Vaccination in Bombay 1874-1876 - 1874-1876
Year: 1874
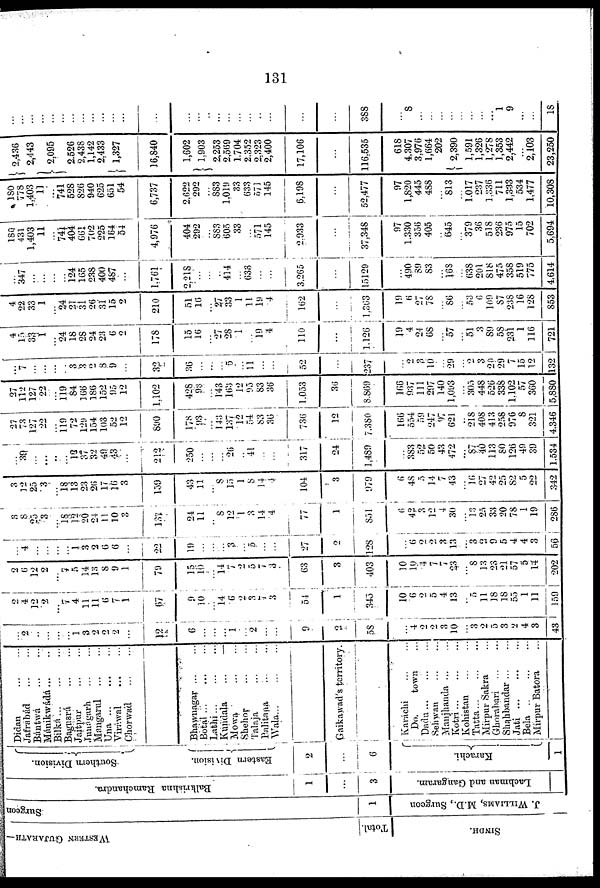
131
WESTERN GUJARATH—
Total.
SINDH.
Surgeor
1
J. WILLIAMS, M.D., Surgeon
Balkrishna Ramchandra.
1
...
3
Lachman and Gangaram.
Southern Division.
Eastern Division.
2
...
6
Karachi.
1
Didan
...
...
Jafrábád
...
...
Bántwá
...
...
Mánikwádá ... ...
Bilká ... ... ...
Bagnsrá ... ...
Jaitpur
...
...
Junágarh
...
...
Mangarul
...
...
Una ... ... ...
Viráwal
...
...
Chorwad ... ... ...
Bhawnagar ... ... ...
Botal
...
...
...
Lathi
...
...
...
Kundala
...
...
Mowa
...
...
Shehor
...
...
Talaja
...
...
Palitana ... ...
Wala
...
...
...
Gaikawad's territory.
Karáchi
...
...
Do.
town ...
Dadu ... ... ...
Sehwan ... ... ...
Manjhanda ... ...
Kotri ... ... ...
Kohistan
...
...
Tatta ... ... ...
Mirpur Sakra ...
Ghorabari
...
...
Shahbandar ... ...
Jati
...
...
...
Bela
...
...
...
Mirpur Batora ...
...
2
...
...
...
...
1
3
2
2
2
...
12
6
...
...
...
1
...
2
...
...
9
2
58
...
4
2
2
3
10
...
3
2
5
3
2
4
3
43
2
4
12
2
...
7
4
11
11
6
7
1
67
9
10
... 14
6
2
3
7
3
54
1
345
10
6
2
5
4
13
...
5
11
18
18
55
1
11
159
2
6
12
2
...
7
5
14
13
8
9
1
70
15
10
... 14
7
2
5
7
3
63
3
403
10
10
4
7
7
23
...
8
13
23
21
57
5
14
202
...
4
...
...
...
...
1
3
2
6
6
...
22
19
...
...
...
3
...
5
...
...
27
2
128
...
6
2
2
3
13
...
3
2
9
5
4
4
3
56
3
8
25
3
...
18 12
20
24
11
10
3
137
24
11
... 8
12
1
3
14
4
77
1
851
6
42
3
12
4
30
...
13
25
33
20
78
1
19
286
3
12
25
3
...
18
13
23
26
17
16
3
159
43
11
... 8
15
1
8
14
4
104
3
979
6
48
5
14
7
43
...
16
27
42
25
82
5
22
342
...
39
...
...
..
...
12
37
32
49
43
...
212
250
...
...
...
26
...
41
...
...
317
24
1,489
...
383
52
50
43
472
...
87
46
113
80
126
49
39
1,534
27
73
127
22
...
119
72
129
154
103
52
12
890
178
93
...
143
137
12
54
83
36
736
12
7,380
166
554
59
247
97
621
...
218
408
413
258
976
8
321
4,346
27
112
127
22
...
119
84
166
186
152
95
12
1,102
428
93
...
143
163
12
95
83
36
1,053
36
8,869
166
937
111
297
140
1,093
...
305
448
526
338
1,102
57
360
5,880
... 7
...
...
...
...
3
3
2
8
9
...
32
36
...
...
...
5
...
11
...
...
52
...
237
...
2
3
10
...
29
...
2
3
20
29
7
15
12
132
4
15
33
1
...
24
18
28
24
23
6
2
178
15
16
... 27
28
1
...
19
4
110
...
1,126
19
4
24
68
...
57
...
51
3
89
58
231
1
116
721
4
22
33
1
...
24
21
31
26
31
15
2
210
51
16
... 27
33
1
11
19
4
162
...
1,363
19
6
27
78
...
86
...
53
6
109
87
238
16
128
853
...
347
...
...
...
...
124
165
238
400
487
...
1,761
2,218
...
...
...
414
...
633
...
...
3,265
...
15129
...
490
89
83
...
168
...
638
201
818
475
358
519
775
4,614
180
431
1,403
11
...
741
404
661
702
225
164
54
4,976
404
292
... 883
605
33
...
571
145
2,933
...
37,348
97
1,330
356
405
...
645
...
379
36
518
236
975
15
702
5,694
180
778
1,403
11
...
741
528
826
940
625
651
54
6,737
2,622
292
... 883
1,019
33
633
571
145
6,198
...
52,477
97
1,820
445
488
...
813
...
1,017
237
1,336
711
1,333
534
1,477
10,308
2,436
2,443
2,095
2,526
2,438
1,142
2,433
1,327
16,840
1,602
1,903
2,253
2,569
1,704
2,352
2,323
2,400
17,106
...
116,535
618
4,307
3,976
1,664
202
2,390
1,591
1,326
1,278
1,353
2,442
...
2,103
23,250
...
...
...
...
...
...
...
...
...
...
...
...
...
...
...
...
...
...
...
...
...
...
...
...
388
...
8
...
...
...
...
...
...
...
...
1
9
...
...
18